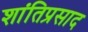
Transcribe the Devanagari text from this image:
शांतिप्रसाद